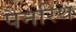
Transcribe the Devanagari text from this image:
पैनरिथ